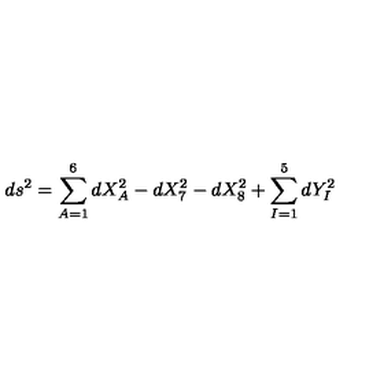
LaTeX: d s ^ { 2 } = \sum _ { A = 1 } ^ { 6 } d X _ { A } ^ { 2 } - d X _ { 7 } ^ { 2 } - d X _ { 8 } ^ { 2 } + \sum _ { I = 1 } ^ { 5 } d Y _ { I } ^ { 2 }